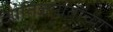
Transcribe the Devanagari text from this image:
जातिजमातींच्या